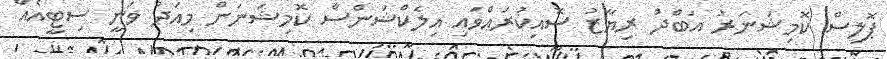
ޕޮލިސް ކޮމިޝަނަރު އަބްދު ރިޔާޒު ސޮއިކުރައްވައި އިލެކްޝަންސް ކޮމިޝަނަށް މިއަދު ވަނީ ސިޓީއެއް